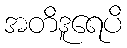
အတိဒူရေပိ